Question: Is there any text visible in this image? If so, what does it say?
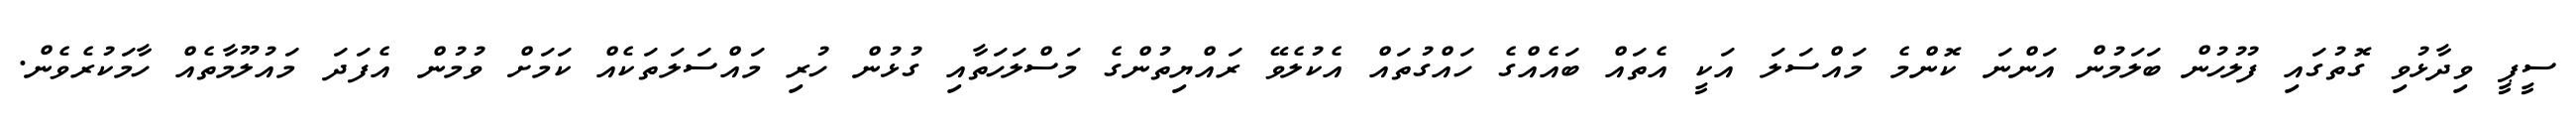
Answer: ސީޕީ ވިދާޅުވި ގޮތުގައި ފުލުހުން ބަލަމުން އަންނަ ކޮންމެ މައްސަލަ އަކީ އެތައް ބައެއްގެ ހައްގުތައް އެކުލެވޭ ރައްޔިތުންގެ މަސްލަހަތާއި ގުޅުން ހުރި މައްސަލަތަކެއް ކަމަށް ވުމުން އެފަދަ މައުލޫމާތެއް ހާމަކުރެވެން.